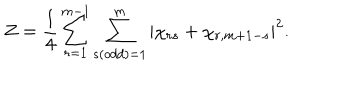
Z = \frac { 1 } { 4 } \sum _ { r = 1 } ^ { m - 1 } \sum _ { s ( o d d ) = 1 } ^ { m } \left| \chi _ { r s } + \chi _ { r , m + 1 - s } \right| ^ { 2 } .